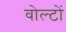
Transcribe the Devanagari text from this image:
वोल्टों